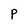
Character: p